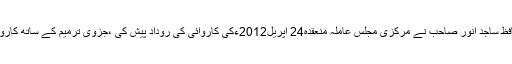
٭	نائب قیم جماعت حافظ ساجد انور صاحب نے مرکزی مجلس عاملہ منعقدہ24 اپریل2012ءکی کاروائی کی روداد پیش کی ،جزوی ترمیم کے ساتھ کاروائی کی توثیق کی گئی ۔